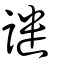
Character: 譴